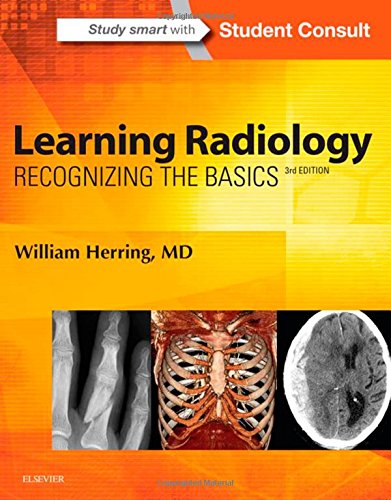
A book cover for Learning Radiology: Recognizing the Basics, 3e; William Herring MD  FACR; Medical Books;